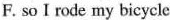
F. so I rode my bicycle